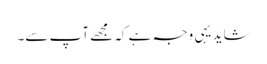
شاید یہی وجہ ہے کہ مجھے آپ سے۔